59_214434_SP 16 [7.18.1963]
Agency: Department of State
Incident date: 7/18/63
Page 6
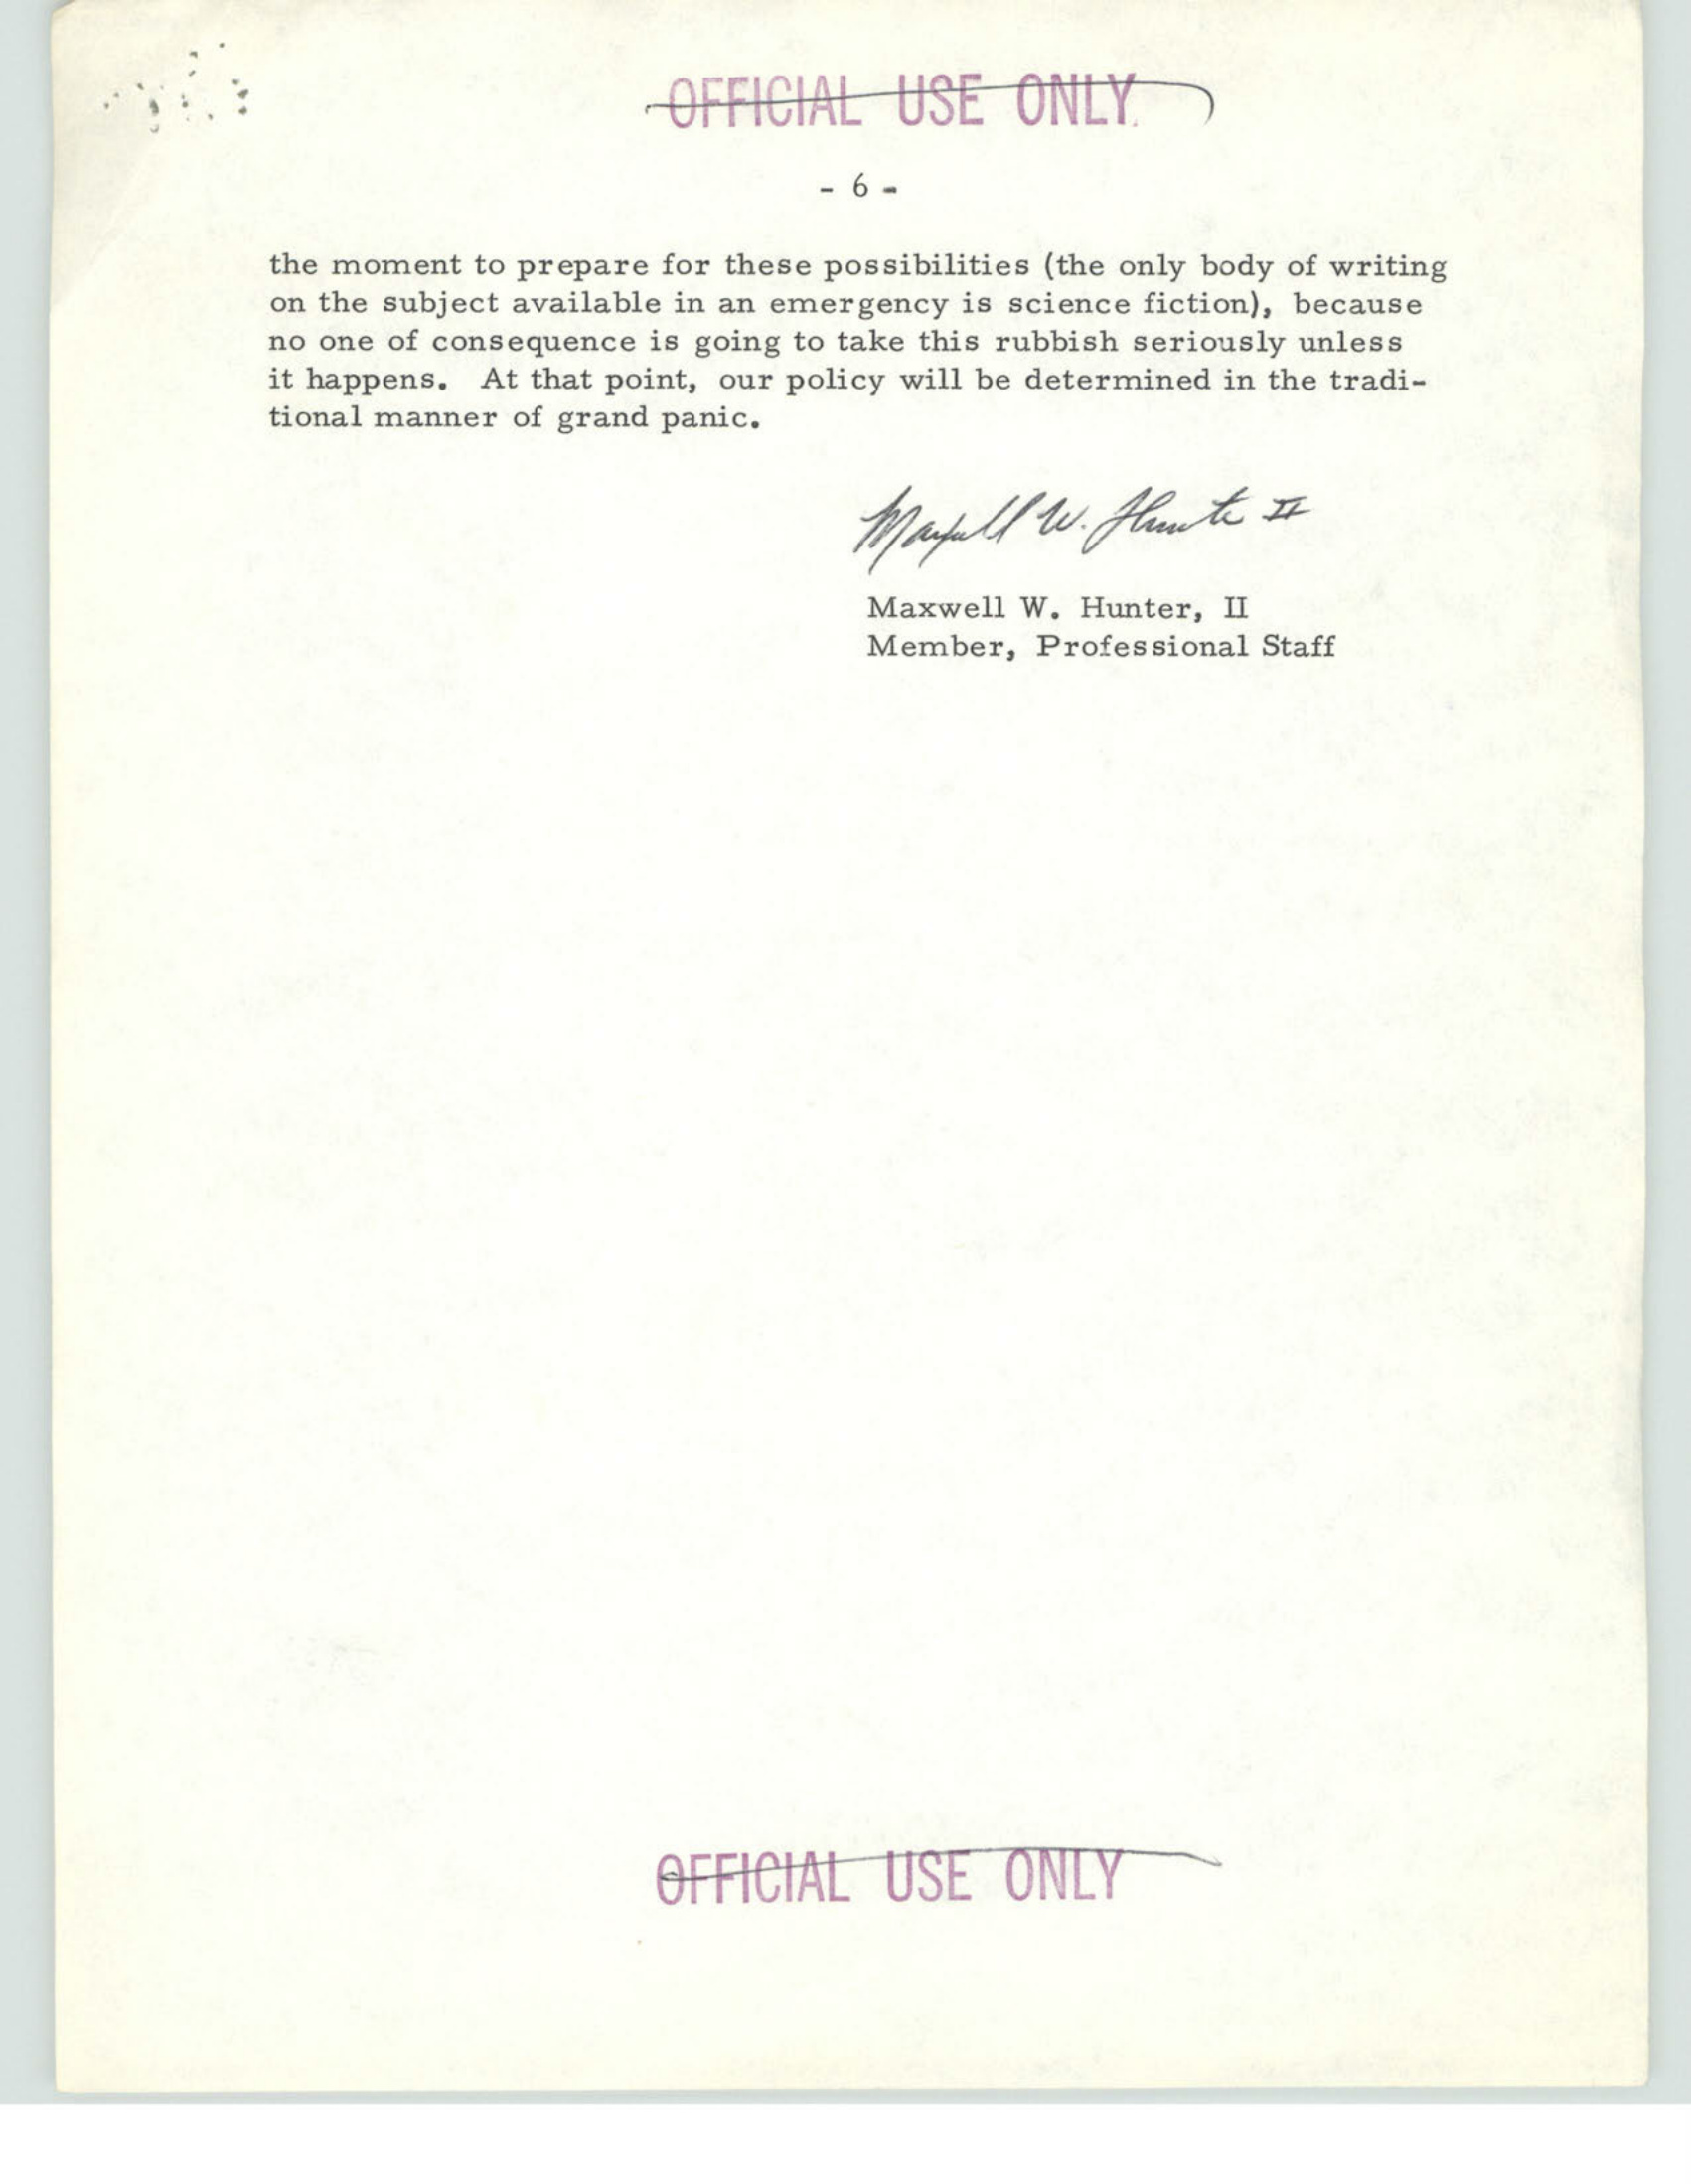